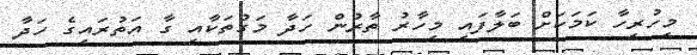
މިހުރިހާ ކަމަކަށް ބަލާފައި މިހާރު ތާރުން ހަދާ މަގުތަކާއި ގާ އަތުރައިގެ ހަދާ